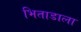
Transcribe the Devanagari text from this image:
भिताडाला